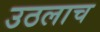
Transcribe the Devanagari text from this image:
उठलाच